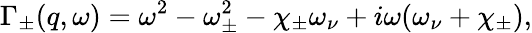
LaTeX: \Gamma_{\pm}(q,\omega)=\omega^{2}-\omega_{\pm}^{2}-\chi_{\pm}\omega_{\nu}+i\omega(\omega_{\nu}+\chi_{\pm}),